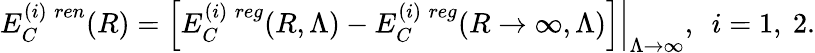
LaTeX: E_{C}^{(i)\; ren}(R)=\left.\left[E_{C}^{(i)\; reg}(R,\Lambda)-E_{C}^{(i)\; reg}(R\to\infty,\Lambda)\right]\right|_{\Lambda\to\infty},~~i=1,~2.